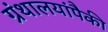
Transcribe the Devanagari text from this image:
ग्रंथालयांपैकी